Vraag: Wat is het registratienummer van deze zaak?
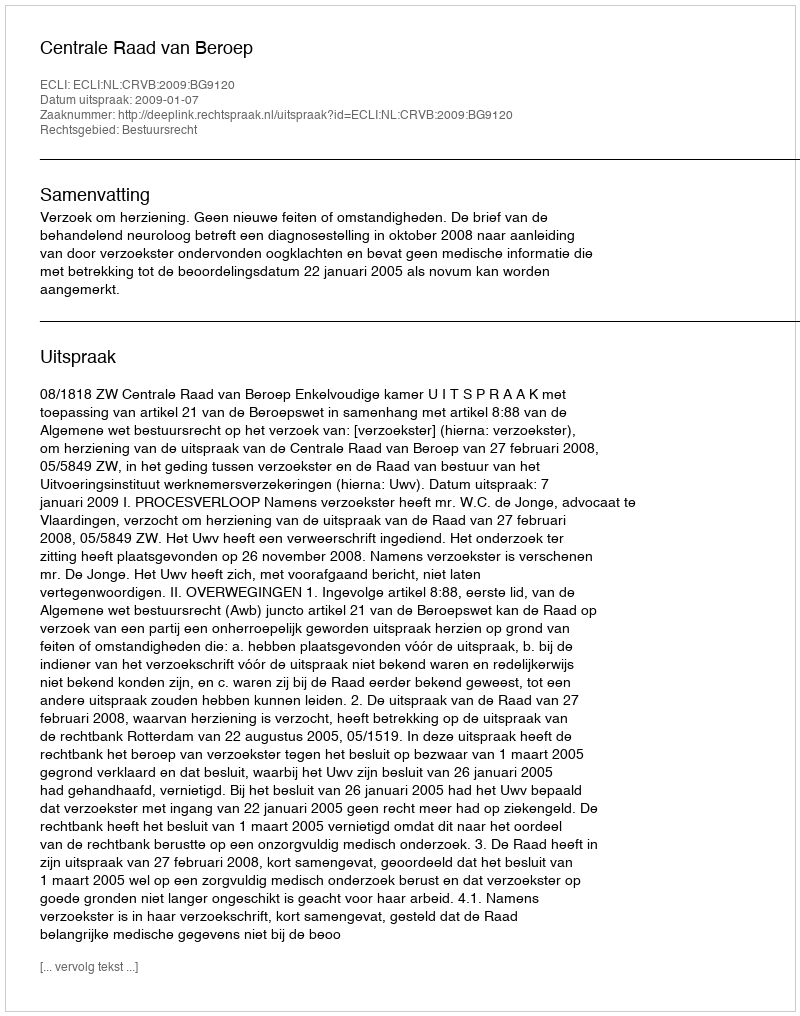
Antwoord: http://deeplink.rechtspraak.nl/uitspraak?id=ECLI:NL:CRVB:2009:BG9120